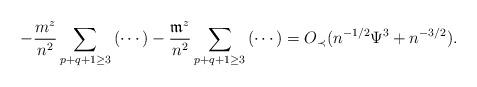
LaTeX: \begin{align*}-\frac{m^z}{n^2} \sum_{p+q+1\geq 3}\left(\cdots\right)-\frac{\mathfrak{m}^{z}}{n^2} \sum_{p+q+1\geq 3}\left(\cdots\right)=O_\prec(n^{-1/2}\Psi^3+n^{-3/2}).\end{align*}